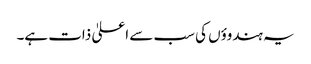
یہ ہندوؤں کی سب سے اعلیٰ ذات ہے۔